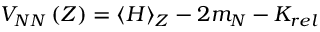
V _ { N N } \left( Z \right) = \langle H \rangle _ { Z } - 2 m _ { N } - K _ { r e l }